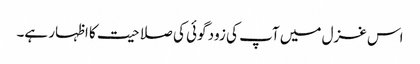
اس غزل میں آپ کی زود گوئی کی صلاحیت کا اظہار ہے۔